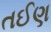
તઈણ